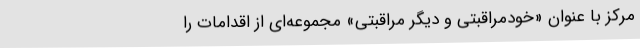
مرکز با عنوان «خودمراقبتی و دیگر مراقبتی» مجموعه‌ای از اقدامات را